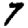
Digit: 7